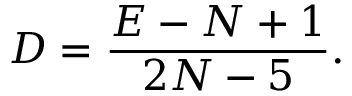
D = { \frac { E - N + 1 } { 2 N - 5 } } .